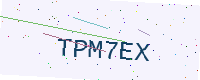
Text: TPM7EX